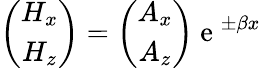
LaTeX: \left(\begin{array}{c}{H_{x}}\\ {H_{z}}\end{array}\right)=\left(\begin{array}{c}{A_{x}}\\ {A_{z}}\end{array}\right)\mathrm{~e~}^{\pm\beta x}